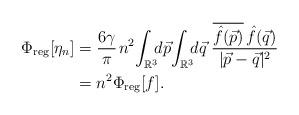
LaTeX: \begin{align*} \Phi_{\mathrm{reg}}[\eta_n]&=\frac{6\gamma}{\pi}\mspace{1.5mu}n^2\!\int_{\mathbb{R}^3}\mspace{-7.5mu}d\vec{p}\! \int_{\mathbb{R}^3}\mspace{-7.5mu} d\vec{q}\;\frac{\overline{\hat{f}(\vec{p})}\,\hat{f}(\vec{q})}{\lvert\vec{p}-\vec{q}\rvert^2}\\ &=n^2 \Phi_{\mathrm{reg}}[f]. \end{align*}